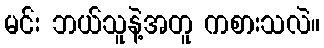
မင်း ဘယ်သူနဲ့အတူ ကစားသလဲ။